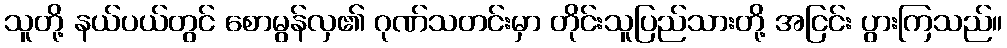
သူတို့ နယ်ပယ်တွင် စောမွန်လှ၏ ဂုဏ်သတင်းမှာ တိုင်းသူပြည်သားတို့ အငြင်း ပွားကြသည်။